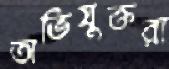
অভিযুক্তরা